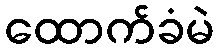
ထောက်ခံမဲ